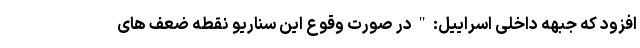
افزود که جبهه داخلی اسراییل: " در صورت وقوع این سناریو نقطه ضعف های